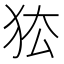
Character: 𰡅